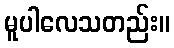
မူပါလေသတည်း။